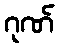
ဂုဏ်